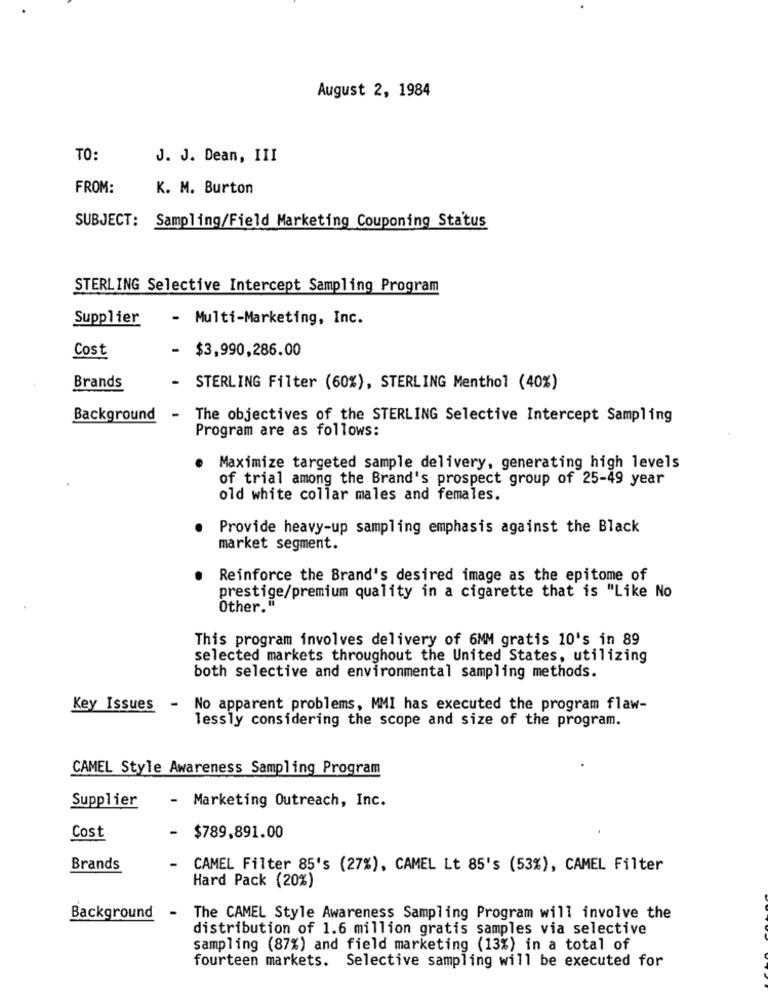
August 2, 1984
TO:
J. J. Dean, III
FROM:
K. M. Burton
SUBJECT: Sampling/Field Marketing Couponing Status
STERLING Selective Intercept Sampling Program
Supplier
- Multi-Marketing, Inc.
Cost
- $3,990,286.00
Brands
-
STERLING Filter (60%), STERLING Menthol (40%)
Background
The objectives of the STERLING Selective Intercept Sampling
Program are as follows:
Maximize targeted sample delivery, generating high levels
of trial among the Brand's prospect group of 25-49 year
old white collar males and females.
Provide heavy-up sampling emphasis against the Black
market segment.
Reinforce the Brand's desired image as the epitome of
prestige/premium quality in a cigarette that is "Like No
Other."
This program involves delivery of 6MM gratis 10's in 89
selected markets throughout the United States, utilizing
both selective and environmental sampling methods.
Key Issues
-
No apparent problems, MMI has executed the program flaw-
lessly considering the scope and size of the program.
CAMEL Style Awareness Sampling Program
Supplier
- Marketing Outreach, Inc.
Cost
-
$789,891.00
Brands
CAMEL Filter 85's (27%), CAMEL Lt 85's (53%), CAMEL Filter
Hard Pack (20%)
Background
- The CAMEL Style Awareness Sampling Program will involve the
distribution of 1.6 million gratis samples via selective
sampling (87%) and field marketing (13%) in a total of
fourteen markets. Selective sampling will be executed for